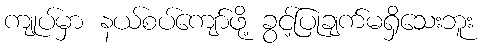
ကျုပ်မှာ နယ်စပ်ကျော်ဖို့ ခွင့်ပြုချက်မရှိသေးဘူး